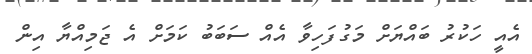
އެއީ ހަކުރު ބައްޔަށް މަގުފަހިވާ އެއް ސަބަބު ކަމަށް އެ ޖަމިއްޔާ އިން